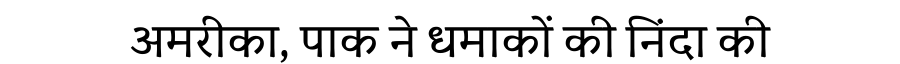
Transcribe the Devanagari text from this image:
अमरीका, पाक ने धमाकों की निंदा की